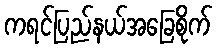
ကရင်ပြည်နယ်အခြေစိုက်